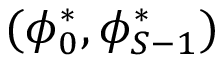
( \phi _ { 0 } ^ { * } , \phi _ { S - 1 } ^ { * } )